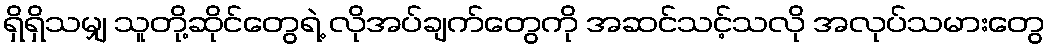
ရှိရှိသမျှ သူတို့ဆိုင်တွေရဲ့ လိုအပ်ချက်တွေကို အဆင်သင့်သလို အလုပ်သမားတွေ